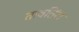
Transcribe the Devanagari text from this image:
तावतिंरा